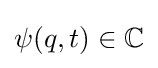
\psi (q,t)\in \mathbb {C}